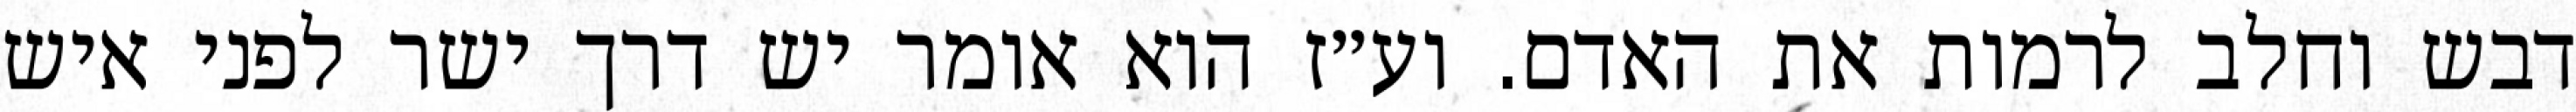
דבש וחלב לרמות את האדם. וע״ז הוא אומר יש דרך ישר לפני איש